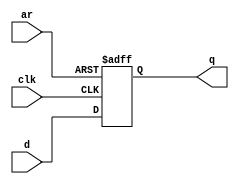
module top_module (
    input clk,
    input d, 
    input ar,  
    output q
  );
  
  always@(posedge clk, posedge ar)begin
      if(ar)
          q <= 0;
      else
          q <= d;
  end

endmodule